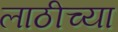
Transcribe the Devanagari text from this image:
लाठीच्या